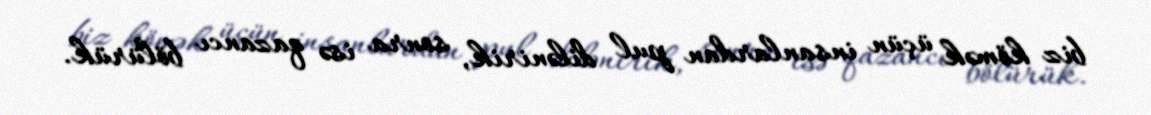
biz kömək üçün insanlardan pul dilənirik, sonra isə qazancı bölürük.